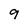
Character: 9